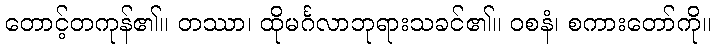
တောင့်တကုန်၏။ တဿာ၊ ထိုမင်္ဂလာဘုရားသခင်၏။ ဝစနံ၊ စကားတော်ကို။